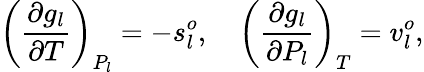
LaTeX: \left(\frac{\partial g_{l}}{\partial T}\right)_{P_{l}}=-s_{l}^{o},\quad\left(\frac{\partial g_{l}}{\partial P_{l}}\right)_{T}=v_{l}^{o},